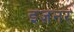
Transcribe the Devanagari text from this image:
इज़नर